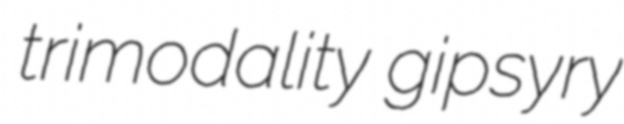
trimodality gipsyry